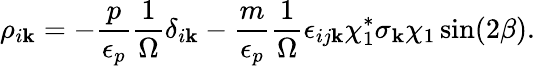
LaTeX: \rho_{i\mathbf{k}}=-\frac{{p}}{{\epsilon_{p}}}\frac{{1}}{{\Omega}}\delta_{i\mathbf{k}}-\frac{{m}}{{\epsilon_{p}}}\frac{{1}}{{\Omega}}\epsilon_{ij\mathbf{k}}\chi_{1}^{*}\sigma_{\mathbf{k}}\chi_{1}\sin(2\beta).